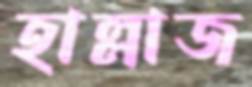
হাল্লাজ